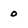
Character: o